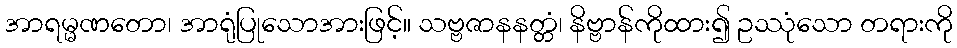
အာရမ္မဏတော၊ အာရုံပြုသောအားဖြင့်။ သဗ္ဗဇာနနတ္တံ၊ နိဗ္ဗာန်ကိုထား၍ ဥဿုံသော တရားကို